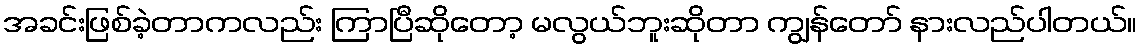
အခင်းဖြစ်ခဲ့တာကလည်း ကြာပြီဆိုတော့ မလွယ်ဘူးဆိုတာ ကျွန်တော် နားလည်ပါတယ်။